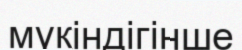
мүкіндігінше